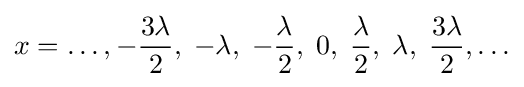
x=\ldots ,-{3\lambda  \over 2},\;-\lambda ,\;-{\lambda  \over 2},\;0,\;{\lambda  \over 2},\;\lambda ,\;{3\lambda  \over 2},\ldots